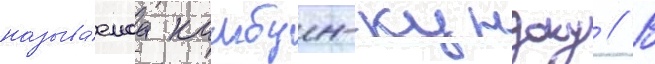
называ́емаа камбун-кундоку // В